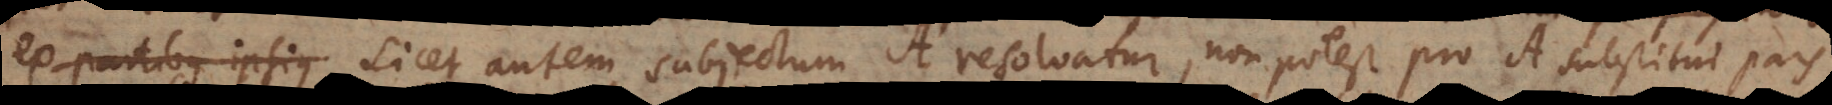
ex partibus ipsius Licet autem subjectum A resolvatur, non potest pro A substitui pars